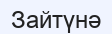
Зайтүнә